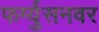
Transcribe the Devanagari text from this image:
फर्ग्युसनवर